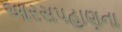
આરસપહાણના